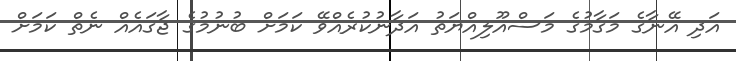
އަދި އޭނާގެ މަގާމުގެ މަސްއޫލިއްޔަތު އަދާނުކުރެއްވޭ ކަމަށް ބުނުމުގެ ޖާގައެއް ނެތް ކަމަށް